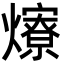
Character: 爎